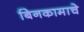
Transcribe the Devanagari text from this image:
बिनकामाचे